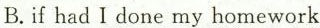
B.if had Idone my homework